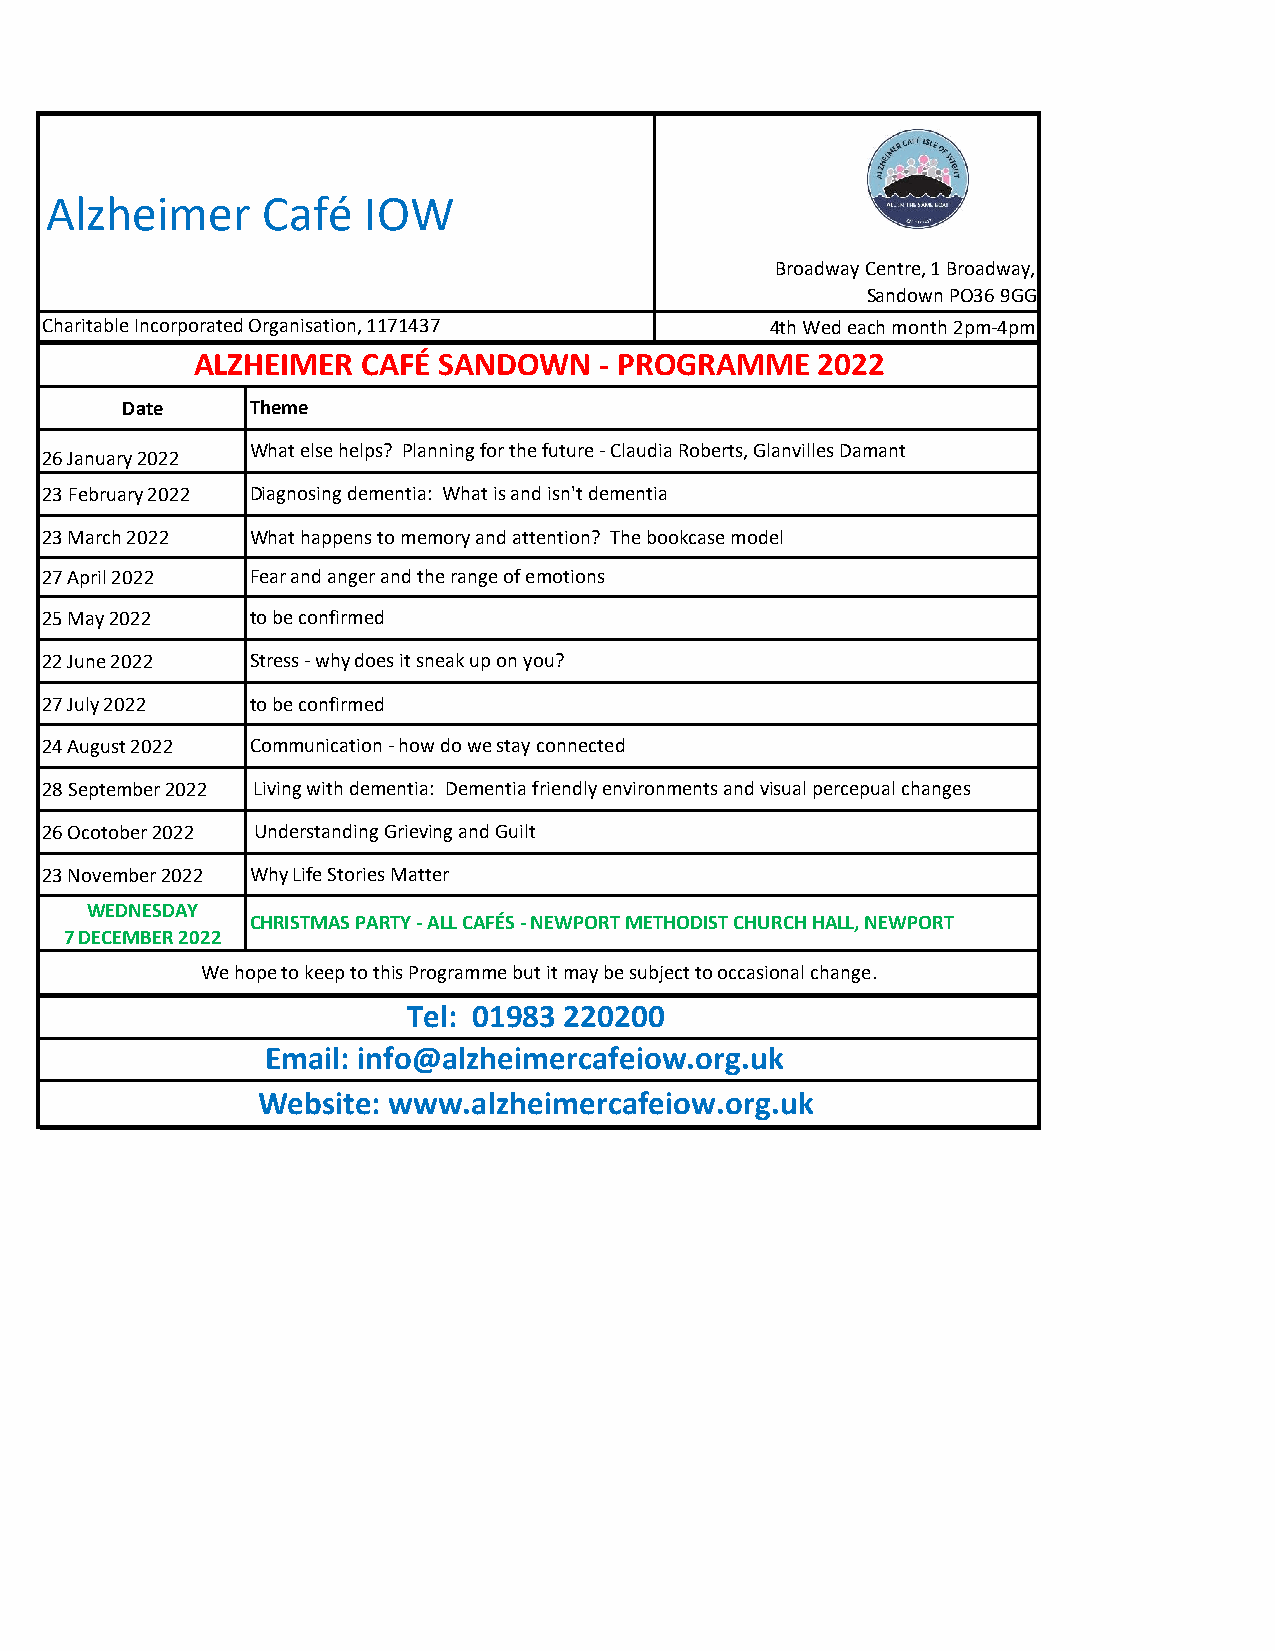
Alzheimer     Café   IOW
 Broadway Centre, 1 Broadway,
 Sandown PO36 9GG
 Charitable Incorporated Organisation, 1171437   4th Wed each month 2pm-4pm
 ALZHEIMER  CAFÉ SANDOWN    - PROGRAMME   2022
 Date     Theme
 What else helps? Planning for the future - Claudia Roberts, Glanvilles Damant
 26 January 2022
 23 February 2022 Diagnosing dementia: What is and isn't dementia
 23 March 2022 What happens to memory and attention? The bookcase model
 27 April 2022 Fear and anger and the range of emotions
 25 May 2022   to be confirmed
 22 June 2022  Stress - why does it sneak up on you?
 27 July 2022  to be confirmed
 24 August 2022 Communication - how do we stay connected
 28 September 2022 Living with dementia: Dementia friendly environments and visual percepual changes
 26 Ocotober 2022 Understanding Grieving and Guilt
 23 November 2022 Why Life Stories Matter
 WEDNESDAY
 CHRISTMAS PARTY - ALL CAFÉS - NEWPORT METHODIST CHURCH HALL, NEWPORT
 7 DECEMBER 2022
 We hope to keep to this Programme but it may be subject to occasional change.
 Tel: 01983 220200
 Email: info@alzheimercafeiow.org.uk
 Website: www.alzheimercafeiow.org.uk